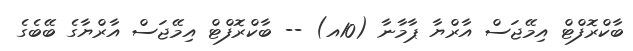
ބާކްރޮފްޓް އިމޭޖަސް އާރްޔާ ޕާމާނާ (10އ) -- ބާކްރޮފްޓް އިމޭޖަސް އާރްޔާގެ ބޭބެގެ